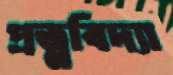
প্রত্নবিদ্যা